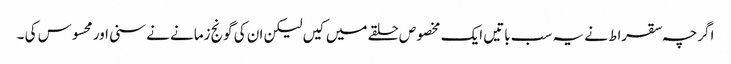
اگرچہ سقراط نے یہ سب باتیں ایک مخصوص حلقے میں کیں لیکن ان کی گونج زمانے نے سنی اور محسوس کی ۔